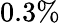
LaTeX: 0.3\%